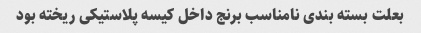
بعلت بسته بندی نامناسب برنج داخل کیسه پلاستیکی ریخته بود